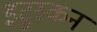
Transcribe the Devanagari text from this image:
इट्रुस्कन